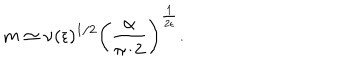
m \simeq \nu ( { \epsilon } ) ^ { 1 / 2 } \left( \frac { \alpha } { \pi / 2 } \right) ^ { \frac { 1 } { 2 \epsilon } } .